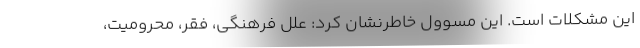
این مشکلات است. این مسوول خاطرنشان کرد: علل فرهنگی، فقر، محرومیت،